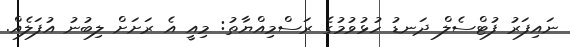
ނައިފަރު ފުޓްސެލް ދަނޑު ހުޅުވުމުގެ ރަސްމިއްޔާތު: މިއީ އެ ރަށަށް ލިބުނު އުފަލެއް.